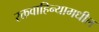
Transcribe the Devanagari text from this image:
रक्तवाहिन्यामधील